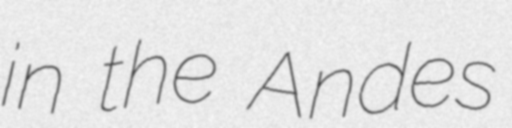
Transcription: in the Andes